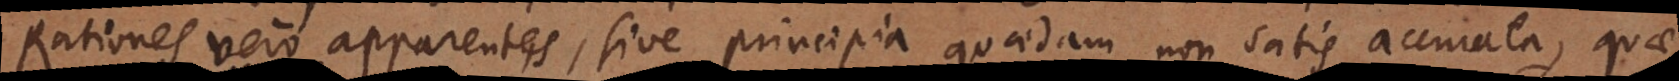
Rationes vero apparentes, sive principia quaedam non satis accurata, quae